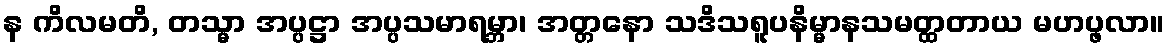
န ကိလမတိ, တသ္မာ အပ္ပဋ္ဌာ အပ္ပသမာရမ္ဘာ၊ အတ္တနော သဒိသရူပနိမ္မာနသမတ္ထတာယ မဟပ္ဖလာ။